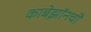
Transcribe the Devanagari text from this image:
काबेझॉनची